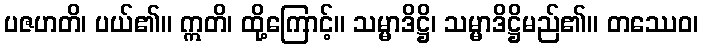
ပဇဟတိ၊ ပယ်၏။ ဣတိ၊ ထို့ကြောင့်။ သမ္မာဒိဋ္ဌိ၊ သမ္မာဒိဋ္ဌိမည်၏။ တဿေဝ၊